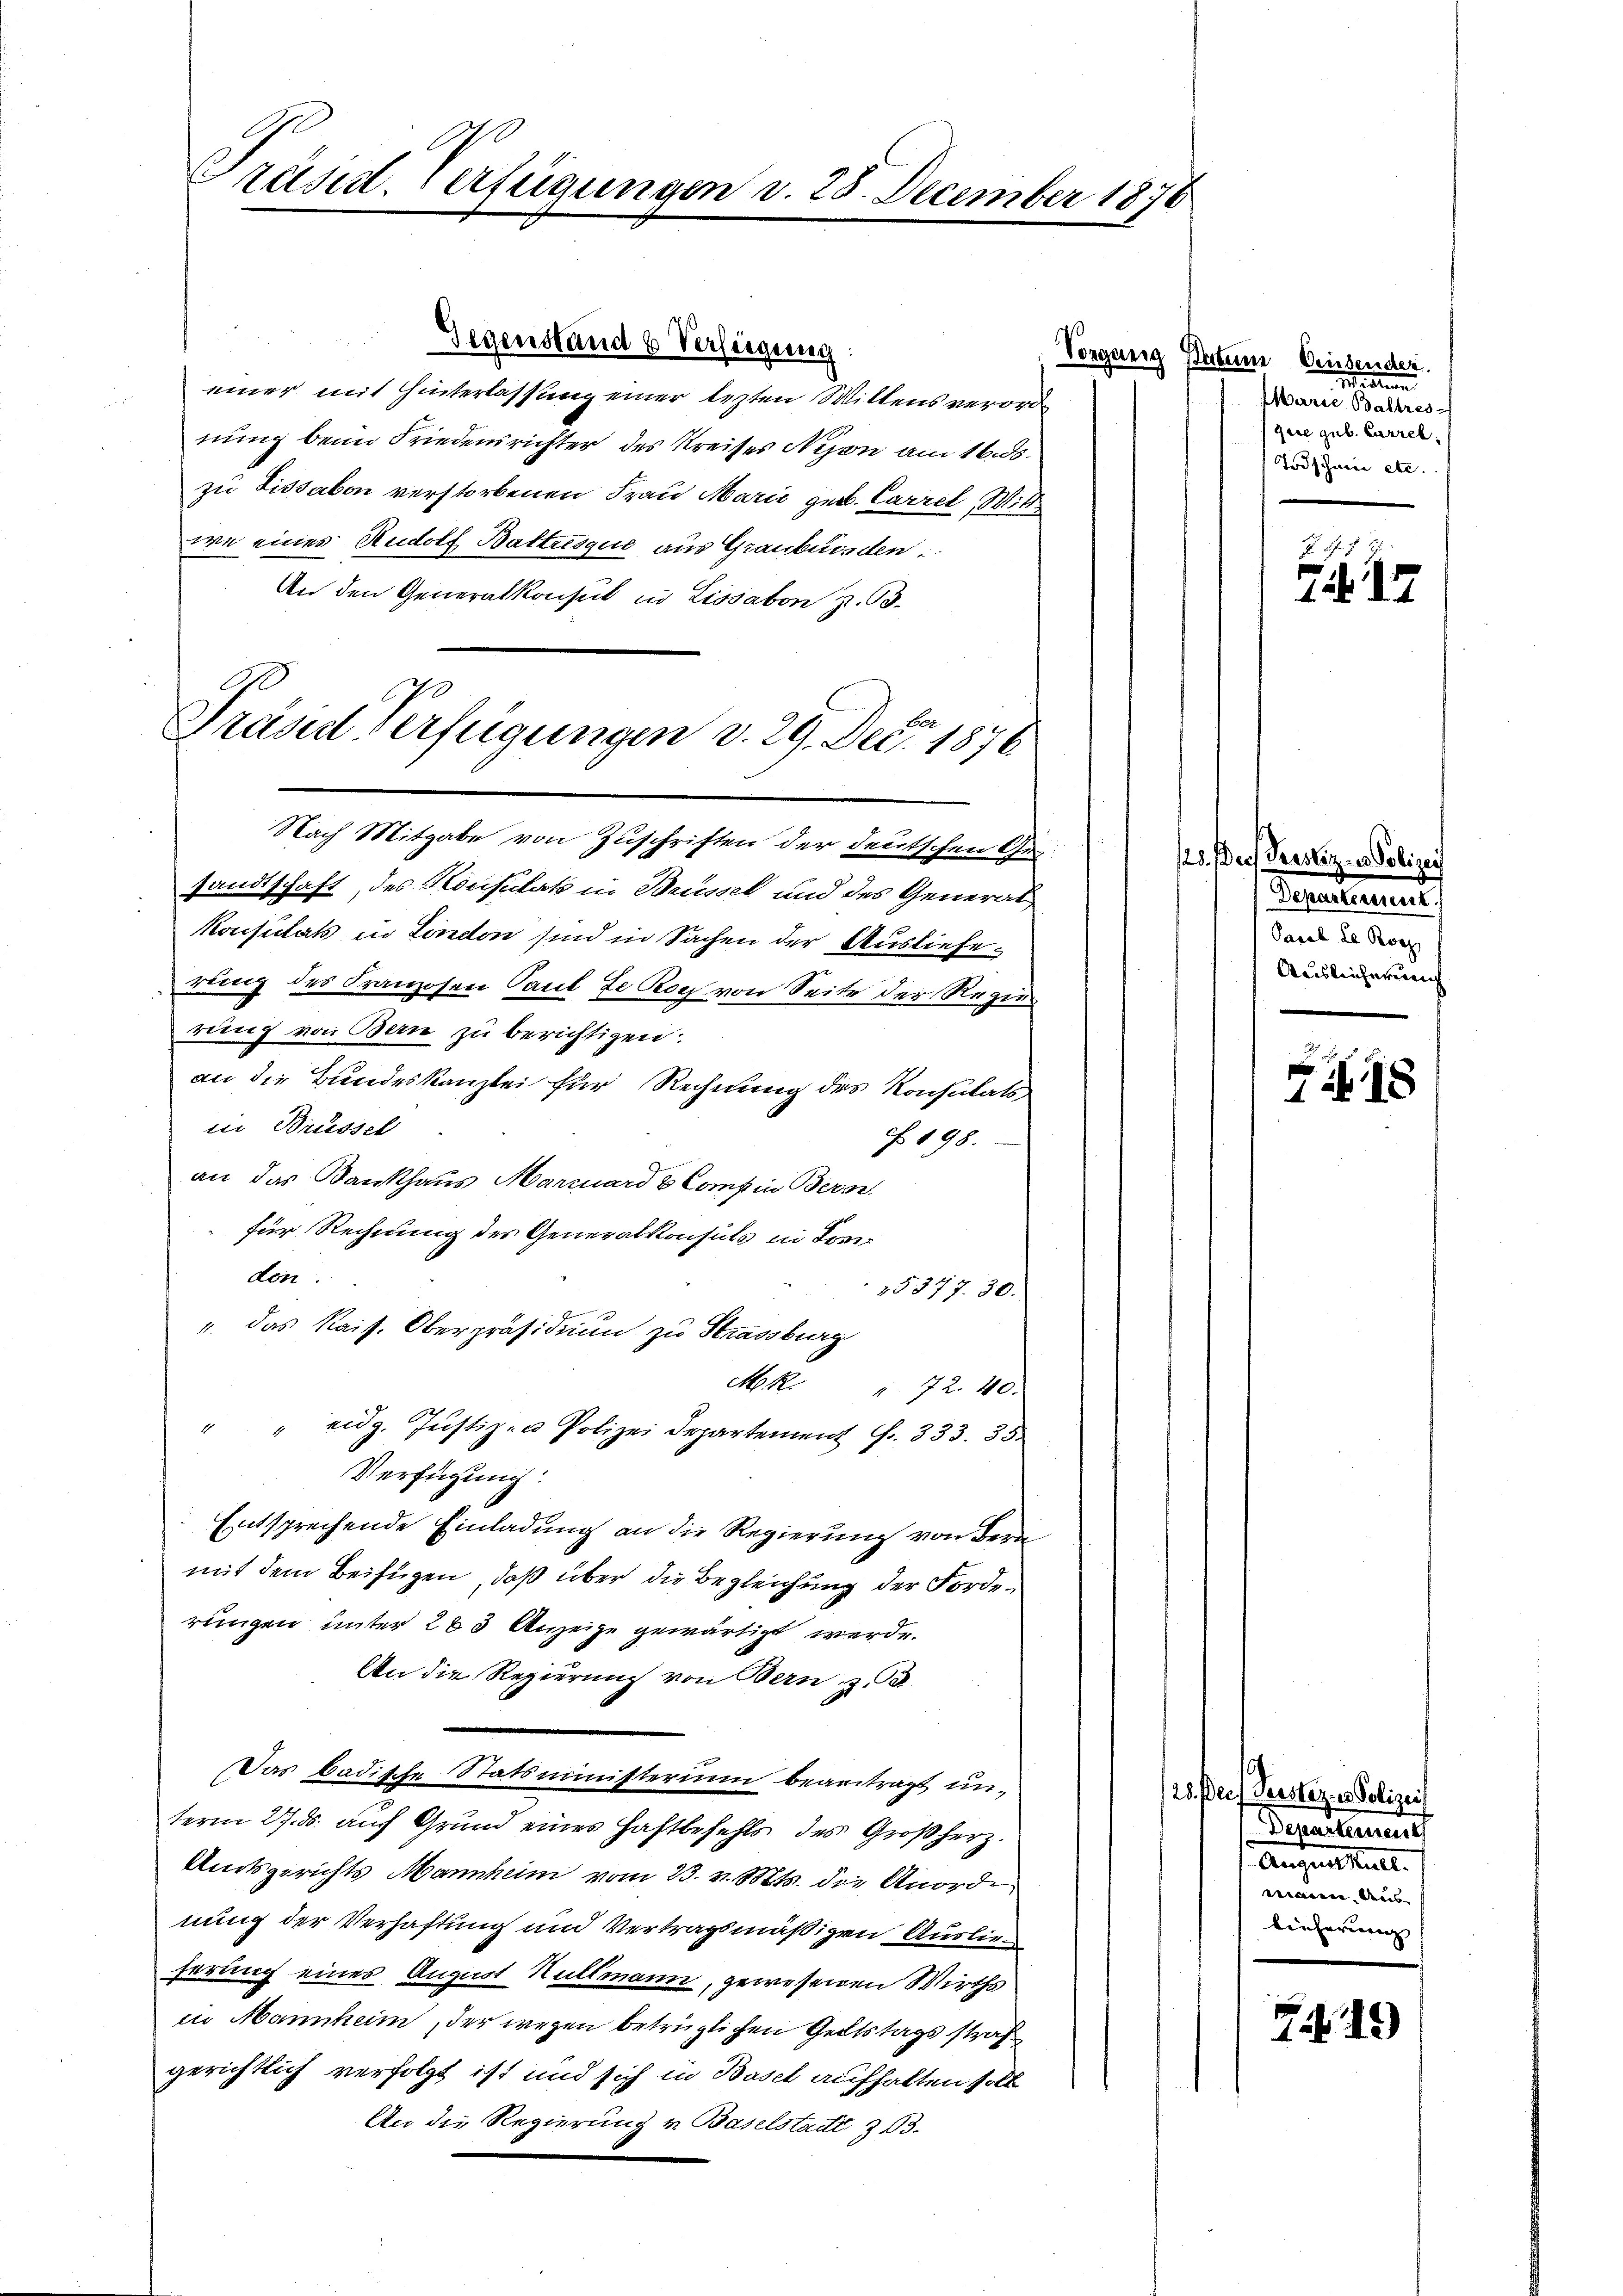
t
räsid. Verfügungen d. 25. December 1876

E
Praser Verfügungen v. 29. Dec. 1876

Gegenstand 6 Verfügung:
einer mit Hinterlassung einer lezten Willens verorde
nung beim Friedensrichter des Kreises Nyon am 16. ds.
zu Lissabon verstorbenen Frau Marić geb. Carrel, Wittwe eines Rudolf Battusque aus Graubünden.
An den Generalkonsul in Lissabon z. B.
Nach Mitgabe von Zuschriften der deutschen Ge
sandtschaft, des Konsulat in Brüssel und des General
Konsulats in London sind in Sachen der Auslieferling des Franzosen Paul de Koch von Seite der Regierung von Bern zu berichtigen.
an die Bundeskanzlei für Rechnung des Konsulats
in Brüssel
N 198.
an das Bankhaus Marcuard & Compen Bern
für Rechnung der Generalkonsuls in Somdon.
15377. 30.
" das Kais. Oberpräsidium zu Strassburg
Mok.
472. 40.
" " eidg. Jŭstiz- u Polizei Departement G. 333. 35
Verfügung:
Entsprechende Einladung an die Regierung von der
mit dem Beifügen, daß über die Begleichung der Forderungen unter 283 Anzeige gewärtigt werde.
An die Regierung von Bern z.B.
Das badische Statsministerium beantragt un¬
28. f
term 27. ds. auf Grund eines Haftbefehls des Großherz.
Amtsgerichts Mannheim vom 23. v. Mts. die Anorde
nung der Verhaftung und Vertragsmäßigen Auslieserung eines August Rutsmann, gewesenen Wirths
in Mannheim, der wegen betrüglichen Geltstagsstraf
gerichtlich verfolgt ist und sich in Basel aufhalten soll
An die Regierung v. Baselstadt, 303.

Vorganig Besteine Geisender
Mastian
Marie Baltres
gere gub. Currel
Todschwere etc.

22
1

23. des Perstiz- u. Polizei
Departesdient
Pacob Le. Roe
Auslieferung

18

ee Perstiz- u Polizei
Derartemen
Aufenthalt.
mann. Auslieferung

Z 19